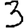
Digit: 3